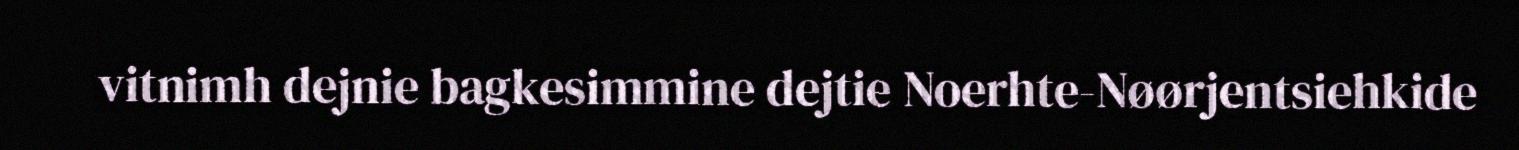
vitnimh dejnie bagkesimmine dejtie Noerhte-Nøørjentsiehkide